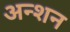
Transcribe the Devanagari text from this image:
अन्शन